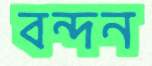
বন্দন